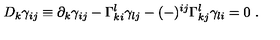
D _ { k } \gamma _ { i j } \equiv \partial _ { k } \gamma _ { i j } - \Gamma _ { k i } ^ { l } \gamma _ { l j } - ( - ) ^ { i j } \Gamma _ { k j } ^ { l } \gamma _ { l i } = 0 \ .